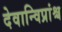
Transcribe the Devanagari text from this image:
देवान्विप्रांश्च